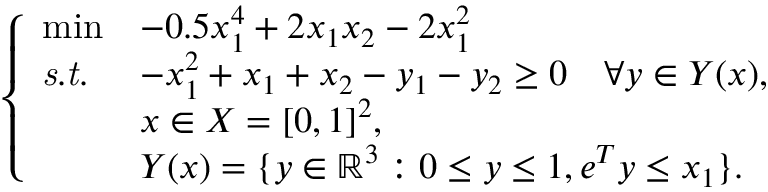
\left\{ \begin{array} { l l l } { \operatorname* { m i n } } & { - 0 . 5 x _ { 1 } ^ { 4 } + 2 x _ { 1 } x _ { 2 } - 2 x _ { 1 } ^ { 2 } } \\ { \mathit { s . t . } } & { - x _ { 1 } ^ { 2 } + x _ { 1 } + x _ { 2 } - y _ { 1 } - y _ { 2 } \geq 0 \quad \forall y \in Y ( x ) , } \\ & { x \in X = [ 0 , 1 ] ^ { 2 } , } \\ & { Y ( x ) = \{ y \in \mathbb { R } ^ { 3 } : 0 \leq y \leq 1 , e ^ { T } y \leq x _ { 1 } \} . } \end{array} \right.